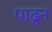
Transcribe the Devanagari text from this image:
पाढून